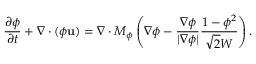
\frac { { \partial \phi } } { { \partial t } } + \nabla \cdot ( \phi \mathbf { u } ) = \nabla \cdot M _ { \phi } \left( \nabla \phi - \frac { \nabla \phi } { | \nabla \phi | } \frac { 1 - \phi ^ { 2 } } { \sqrt { 2 } W } \right) .